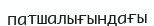
патшалығындағы